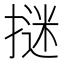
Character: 𭢁